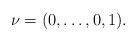
LaTeX: \begin{align*}\nu=(0,\dots,0,1).\end{align*}